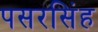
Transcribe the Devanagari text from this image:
पसरसिंह